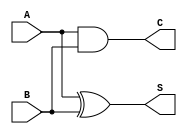
//Data flow model
module ha(output S,C, input A,B);
	assign S=A^B;
	assign C=A&B;
endmodule

module ha_tb();
	reg A,B;
	wire S,C;

	ha i(S,C,A,B);
	initial begin
		A=0;B=0;
		#1 A=0;B=1;
		#1 A=1;B=0;
		#1 A=1;B=1;
	end

	initial begin
	$monitor("%t|A=%d|B=%d|S=%d|Cout=%d|", $time,A,B,S,C);
	end
                                                                                                                                                                                                                                                                                                                                                                                                                                                                                                                                               endmodule